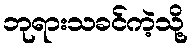
ဘုရားသခင်ကဲ့သို့